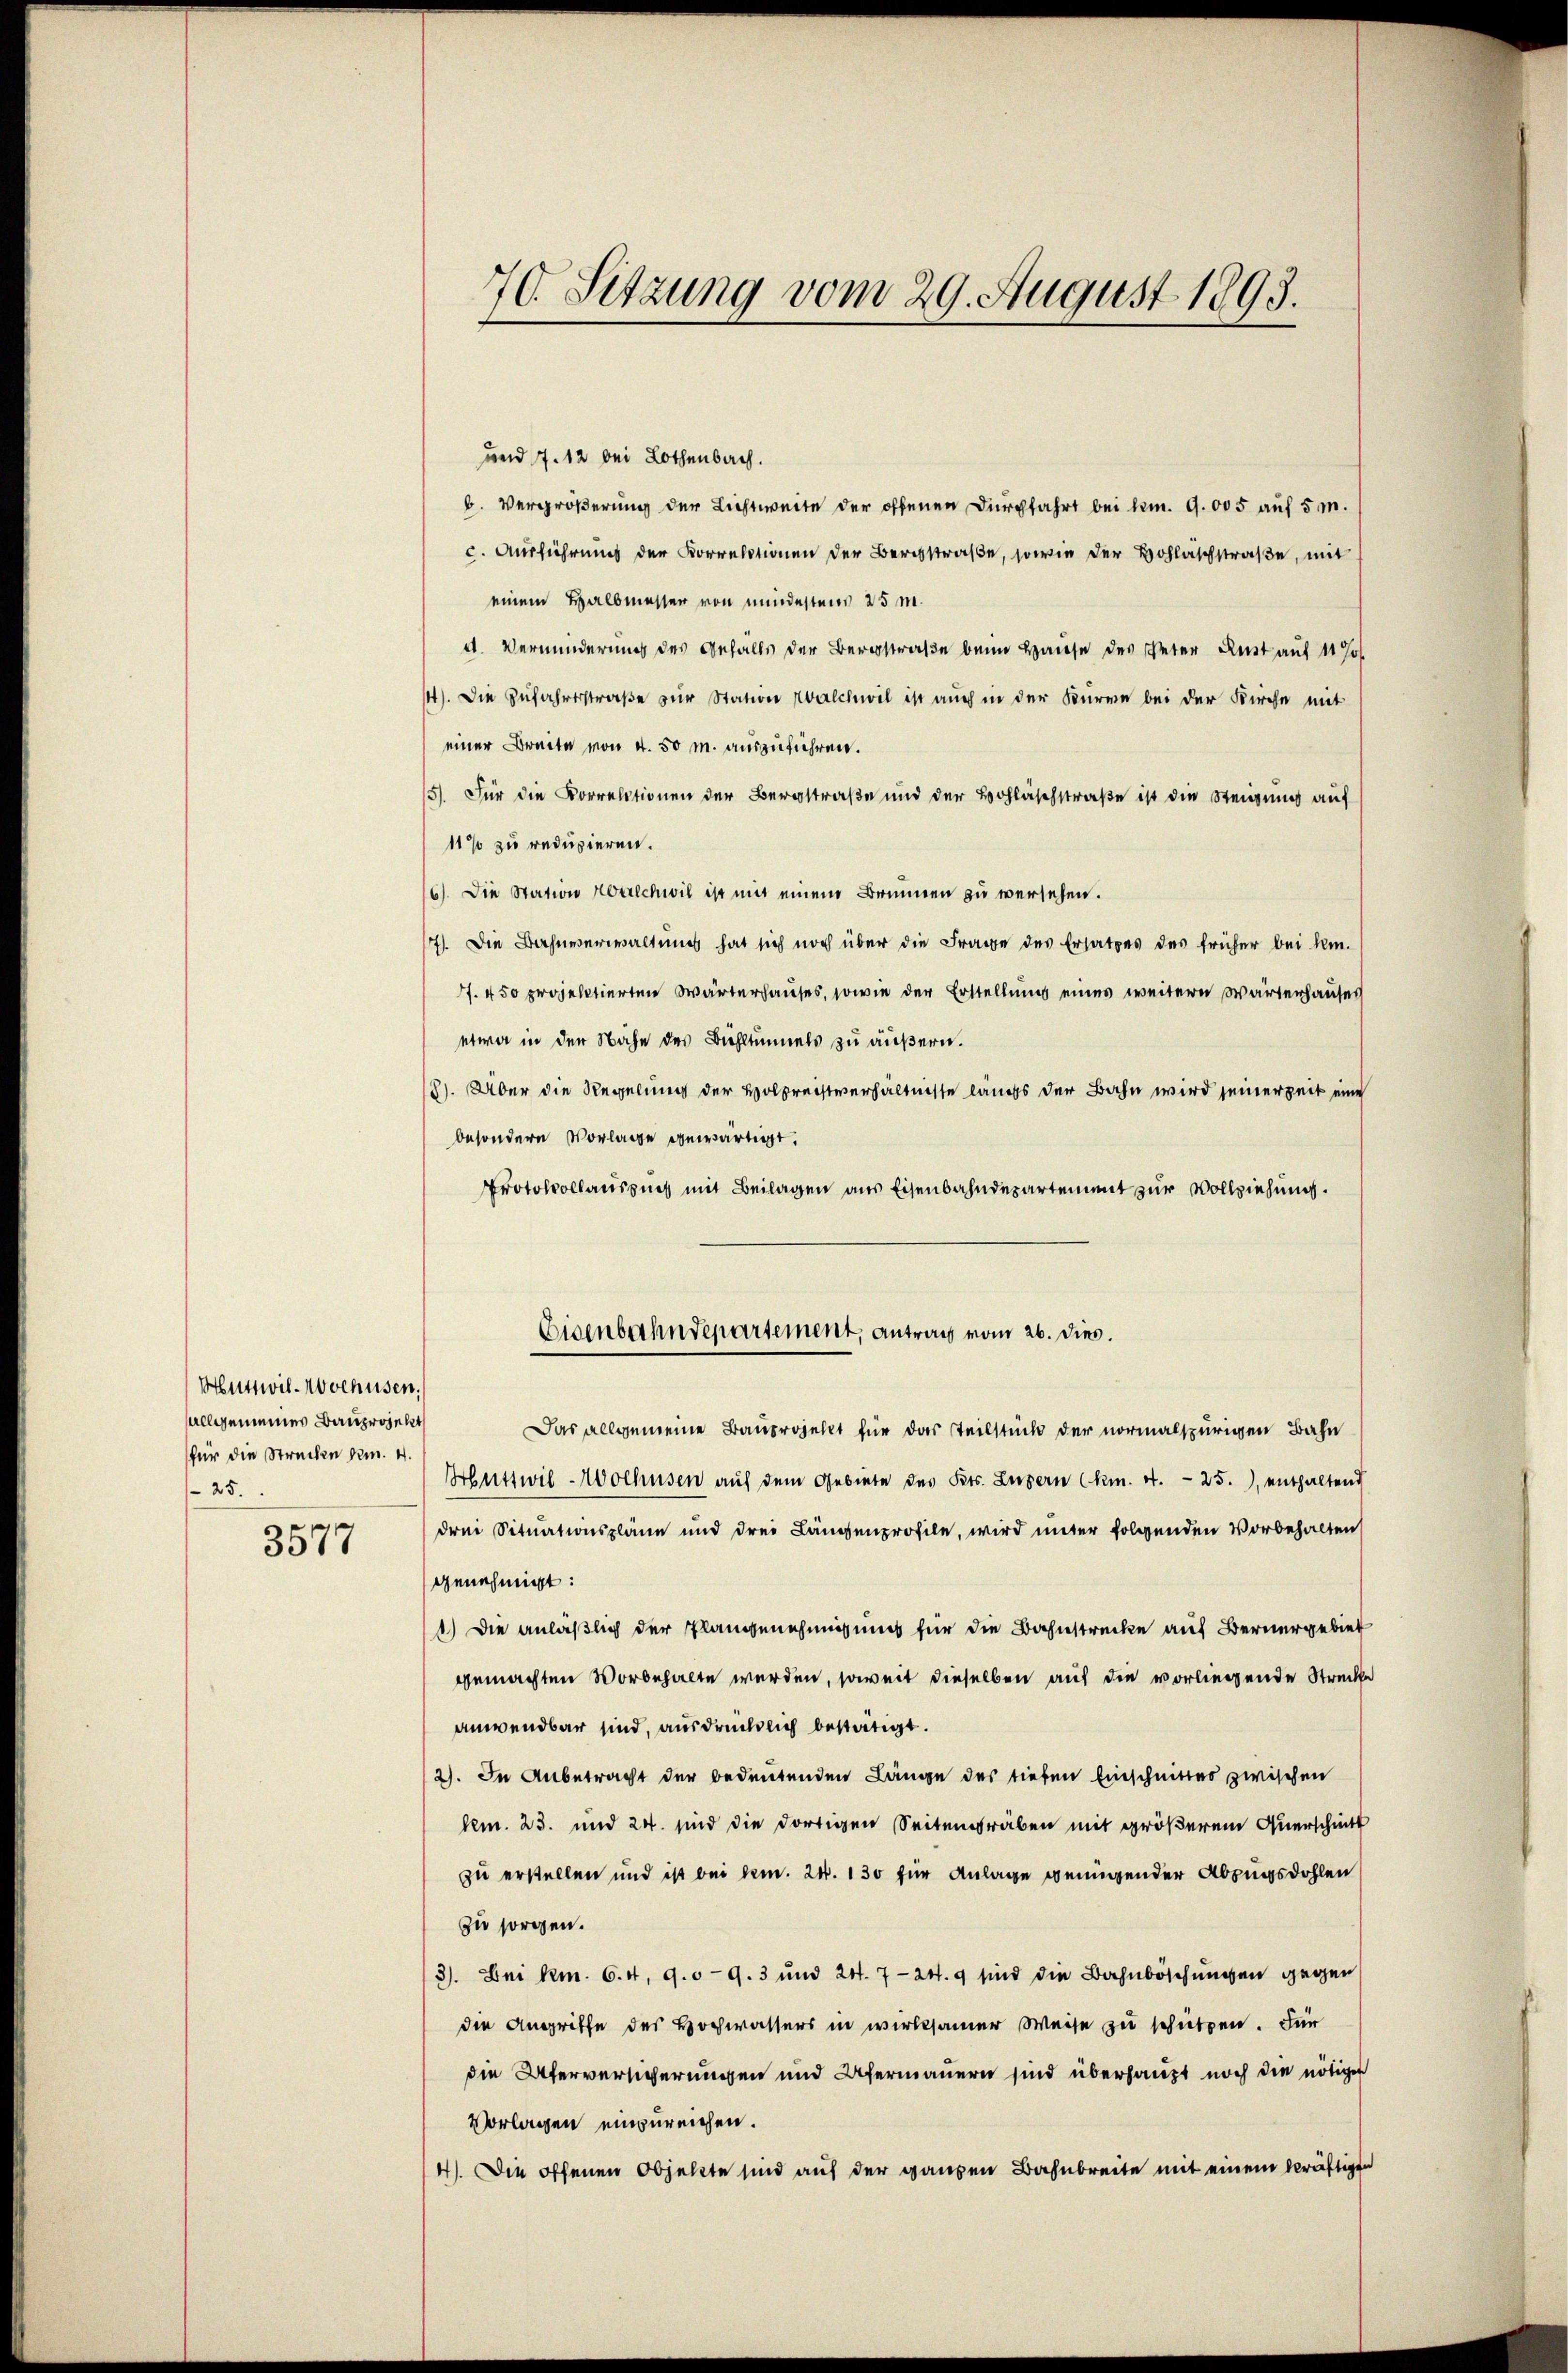
Huttwil-Wochusen.
allgemeines Bauprojekt
für die Strechen Nr. 4.
 25.

3577

70. Sitzung vom 29. August 1893.

und 7. 12 bei Lothenbach.
b. Vergrößerung der Lichtweite der offenen Durchfahrt bei bem. 9.005 auf 5 m.
c. Ausführung der Korrektionen der Berichstraße, sowie der Hohläschstraße, mit
einem Halbmesser von mindestens 25 m.
d. Verminderung des Gefalls der Bergstraße beim Hause des Peter Rust auf 11 J
14). Die Zufahrtstraße zur Station Walchwil ist auch in der Burre bei der Kirche mit
einer Breite von 4. 50 m. auszuführen.
15). Für die Korrektionen der Bergstraße und der Bohläschstraße ist die Steigung auf
11% zu reduzieren.
6). Die Station Korrechwil ist mit einem Brunnen zu versehen.
77). Die Bahnverwaltung hat sich noch über die Frage des Ersatzes des früher bei kinf. 450 projektierten Wärterhauses, sowie der Erstellung eines weitere Wärterhauses
etwa in der Nahe des Bühltunnels zu äußern.
8). Über die Regelung der Holpreistverhältnisse längs der Bahn wird seinerzeit eine
besondere Vorlage gewärtigt.
Protokollausses mit Beilagen aus Eisenbahndepartement zur Vollziehung.
Eisenbahndepartement, antrag vom 26. dies.
Das allgemeine Bauprojekt für das Teilstück der normalspurigen Bahn
Huttwil-Wolhusen auf dem Gebiete des Kts. Luzern Ckm. 4. 25.) enthaltend
drei Situationspläne und drei Längenprofile, wird unter folgenden Vorbehalten
genehmigt:
1.) Die anläßlich der Plangenehmigung für die Bahnstrecke auf Bernergebiet
gemachten Vorbehalte werden, soweit dieselben auf die vorliegende Strecke
anwendbar sind, ausdrücklich bestätigt.
2). In Anbetracht der bedeutenden Länge des tiefen Einschnittes zwischen
lem. 23. und 24. sind die dortigen Seitengräben mit größerem Querschnitt
zu erstellen und ist bei dem 24. 130 für Anlage genügender Abzugsdohlen
zu sorgen.
3). Bei Rm. 6. 4. 909. 3 und 24. 724. 9 sind die Bahnböschungen gegen
die Angriffe des Hochwassers in wirksamer Weise zu schützen. Für
die Uferversicherungen und Ufermauern sind überhaupt noch die nötiger
Vorlagen einzureichen.
4). Die offenen Objekte sind auf der ganzen Bahnbreite mit einem kräftigen